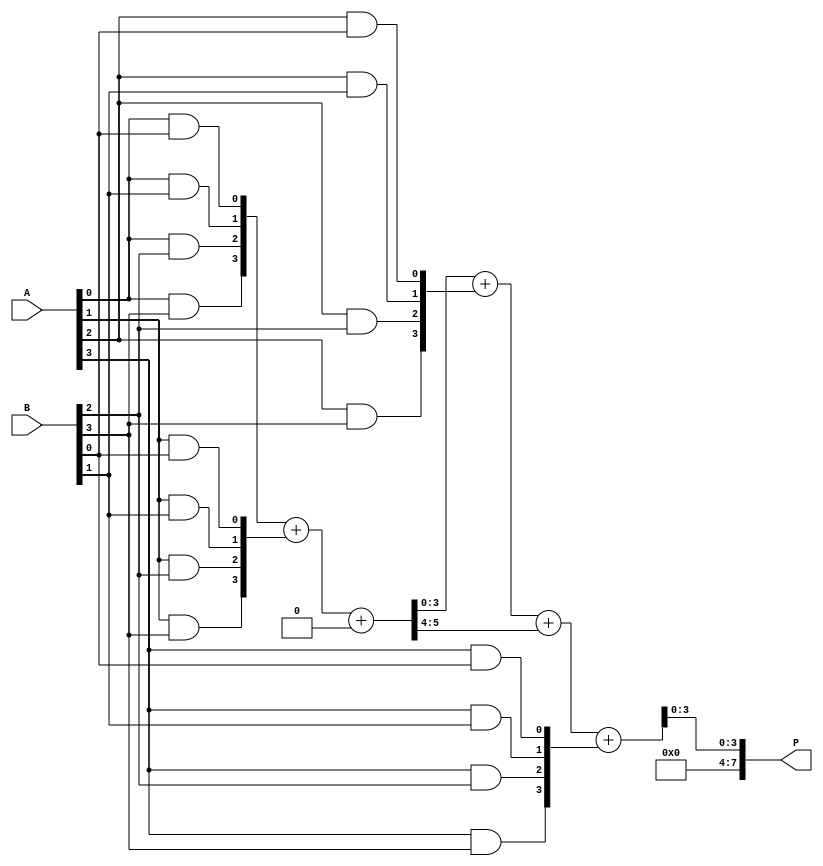
module async_wallace_tree_multiplier #(parameter N = 4) (
    input [N-1:0] A,
    input [N-1:0] B,
    output reg [2*N-1:0] P
);

    // Partial product generation
    wire [N-1:0] pp [0:N-1]; // Partial products
    genvar i, j;
    generate
        for (i = 0; i < N; i = i + 1) begin : gen_partial_products
            for (j = 0; j < N; j = j + 1) begin : and_gate
                assign pp[i][j] = A[i] & B[j];
            end
        end
    endgenerate

    // Wallace tree reduction
    wire [N-1:0] sum [0:N-1]; // Sums at each level
    wire [N-1:0] carry [0:N-1]; // Carries at each level

    // Initial stage: direct assignment of partial products
    assign sum[0] = pp[0];
    assign carry[0] = 0;

    // Reduction stages
    genvar k;
    generate
        for (k = 0; k < N-1; k = k + 1) begin : reduction_stage
            if (k < N-2) begin
                // Full adder for three inputs
                assign {carry[k+1], sum[k+1]} = sum[k] + pp[k+1] + carry[k];
            end else begin
                // Final stage: only two inputs
                assign {carry[k+1], P[2*N-1:0]} = sum[k] + pp[k+1];
            end
        end
    endgenerate

    // Final product assignment
    always @(*) begin
        P = {carry[N-1], sum[N-1]};
    end

endmodule